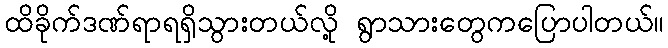
ထိခိုက်ဒဏ်ရာရရှိသွားတယ်လို့ ရွာသားတွေကပြောပါတယ်။